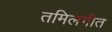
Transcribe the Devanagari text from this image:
तमिलगीत